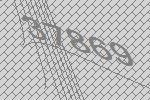
37869